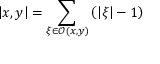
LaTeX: \left| x , y \right| = \sum _ { \xi \in \mathcal { O } ( x , y ) } \left( \left| \xi \right| - 1 \right)